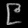
Digit: ၉